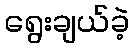
ရွေးချယ်ခဲ့